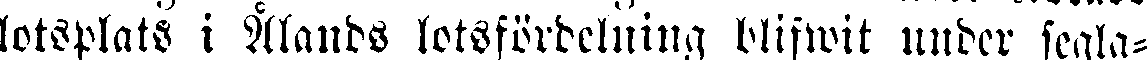
lotsplats i Ålands lotsfördelning blifwit under segla-